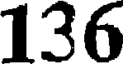
136